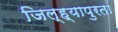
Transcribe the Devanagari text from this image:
जिल्ह्यापुरता